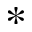
\ast